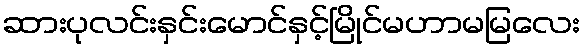
ဆားပုလင်းနှင်းမောင်နှင့်မြိုင်မဟာမမြလေး